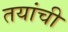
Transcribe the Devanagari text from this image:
तयांची